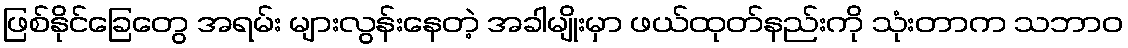
ဖြစ်နိုင်ခြေတွေ အရမ်း များလွန်းနေတဲ့ အခါမျိုးမှာ ဖယ်ထုတ်နည်းကို သုံးတာက သဘာဝ